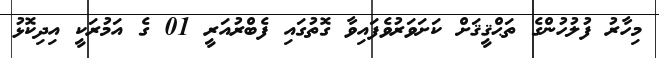
މިހާރު ފުލުހުންގެ ތަޙްޤީޤަށް ކަށަވަރުވެފައިވާ ގޮތުގައި ފެބްރުއަރީ 01 ގެ އަމުރަކީ އިދިކޮޅު